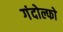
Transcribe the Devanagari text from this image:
गंदोल्फो